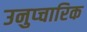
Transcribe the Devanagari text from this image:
उनुप्चारिक